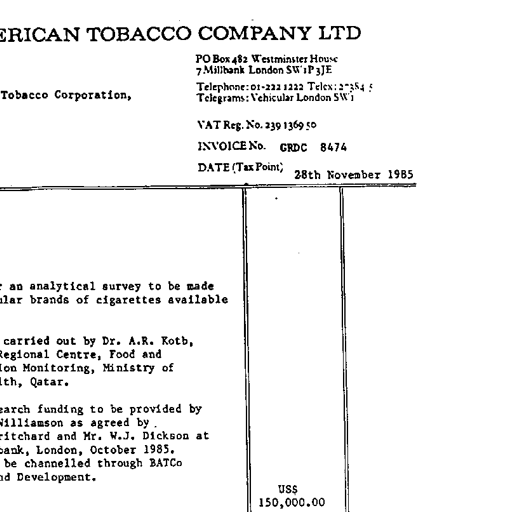
AMERICAN TOBACCO COMPANY LTD
PO Box 482 Westminster House
7 Millbank London SW1P 3JE
Tobacco Corporation,
Telephone: 01-222 1222 Telex: 27384 5
Telegrams: Vehicular London SW1
VAT Reg. No. 239 1369 50
INVOICE No. GRDC 8474
DATE (Tax Point) 28th November 1985
an analytical survey to be made
brands of cigarettes available
carried out by Dr. A.R. Kotb,
Regional Centre, Food and
Monitoring, Ministry of
Qatar.
funding to be provided by
Williamson as agreed by
and Mr. W.J. Dickson at
London, October 1985.
be channelled through BATCo
Development.
US$
150,000.00